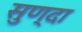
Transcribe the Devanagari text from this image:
सुण्दा